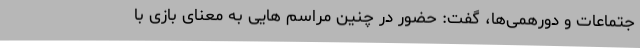
جتماعات و دورهمی‌ها، گفت: حضور در چنین مراسم هایی به معنای بازی با